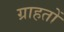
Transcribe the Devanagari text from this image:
ग्राहतों